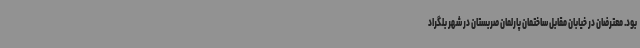
بود. معترضان در خیابان مقابل ساختمان پارلمان صربستان در شهر بلگراد